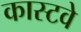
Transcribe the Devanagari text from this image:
कास्टवे